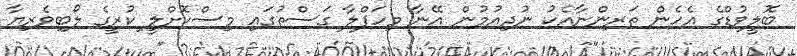
ބޮލީވުޑްގެ އެހެން ތަރިންނާއެކު ނުދިއުމުން އޭނާ މިހަފްލާ ގަސްތުގައި މިސްކޮށްލީ ކުރީގެ ލޯބިވެރިޔާ